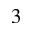
^ Ḋ 3 Ḍ